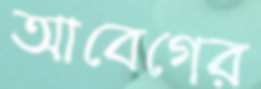
আবেগের